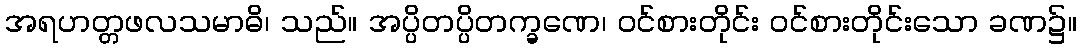
အရဟတ္တဖလသမာဓိ၊ သည်။ အပ္ပိတပ္ပိတက္ခဏေ၊ ဝင်စားတိုင်း ဝင်စားတိုင်းသော ခဏ၌။